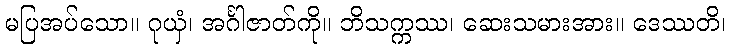
မပြအပ်သော။ ဂုယှံ၊ အင်္ဂါဇာတ်ကို။ ဘိသက္ကဿ၊ ဆေးသမားအား။ ဒေဿတိ၊